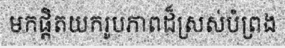
មកផ្តិតយករូបភាពដ៏ស្រស់បំព្រង